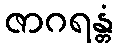
ဇာဂရန္တံ